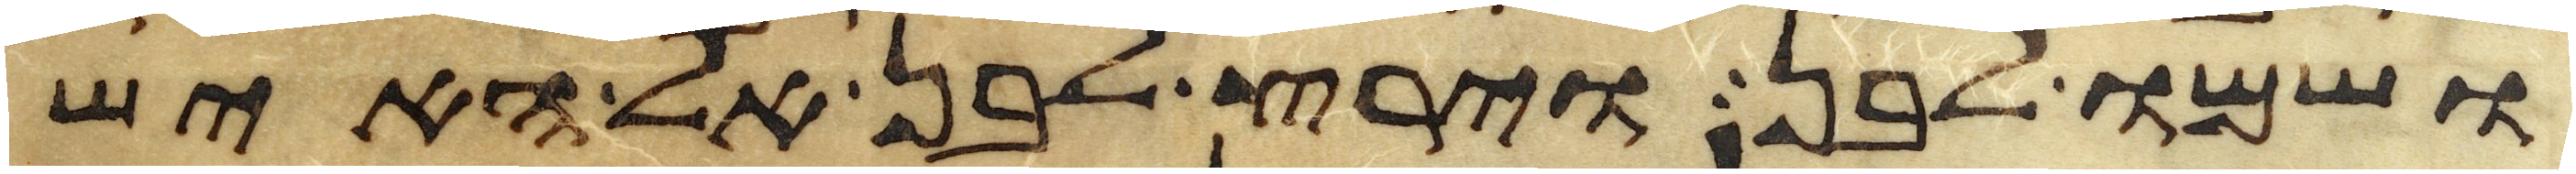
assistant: ושמו לבן וירץ לבן אל האיש